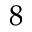
8